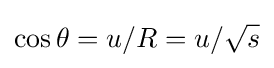
\cos \theta =u/R=u/{\sqrt {s}}